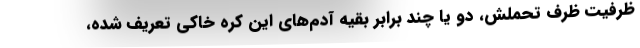
ظرفيت ظرف تحملش، دو يا چند برابر بقيه آدم‌هاي اين كره خاكي تعريف شده،